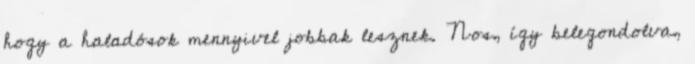
hogy a haladósok mennyivel jobbak lesznek. Nos, így belegondolva,